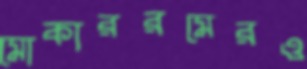
মোকাররমেরও